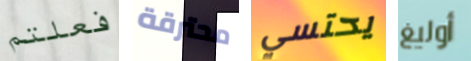
فعلتم محترقة يحتسي أوليغ